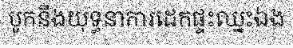
បូកនឹងយុទ្ធនាការដេកផ្ទះឈ្នះឯង